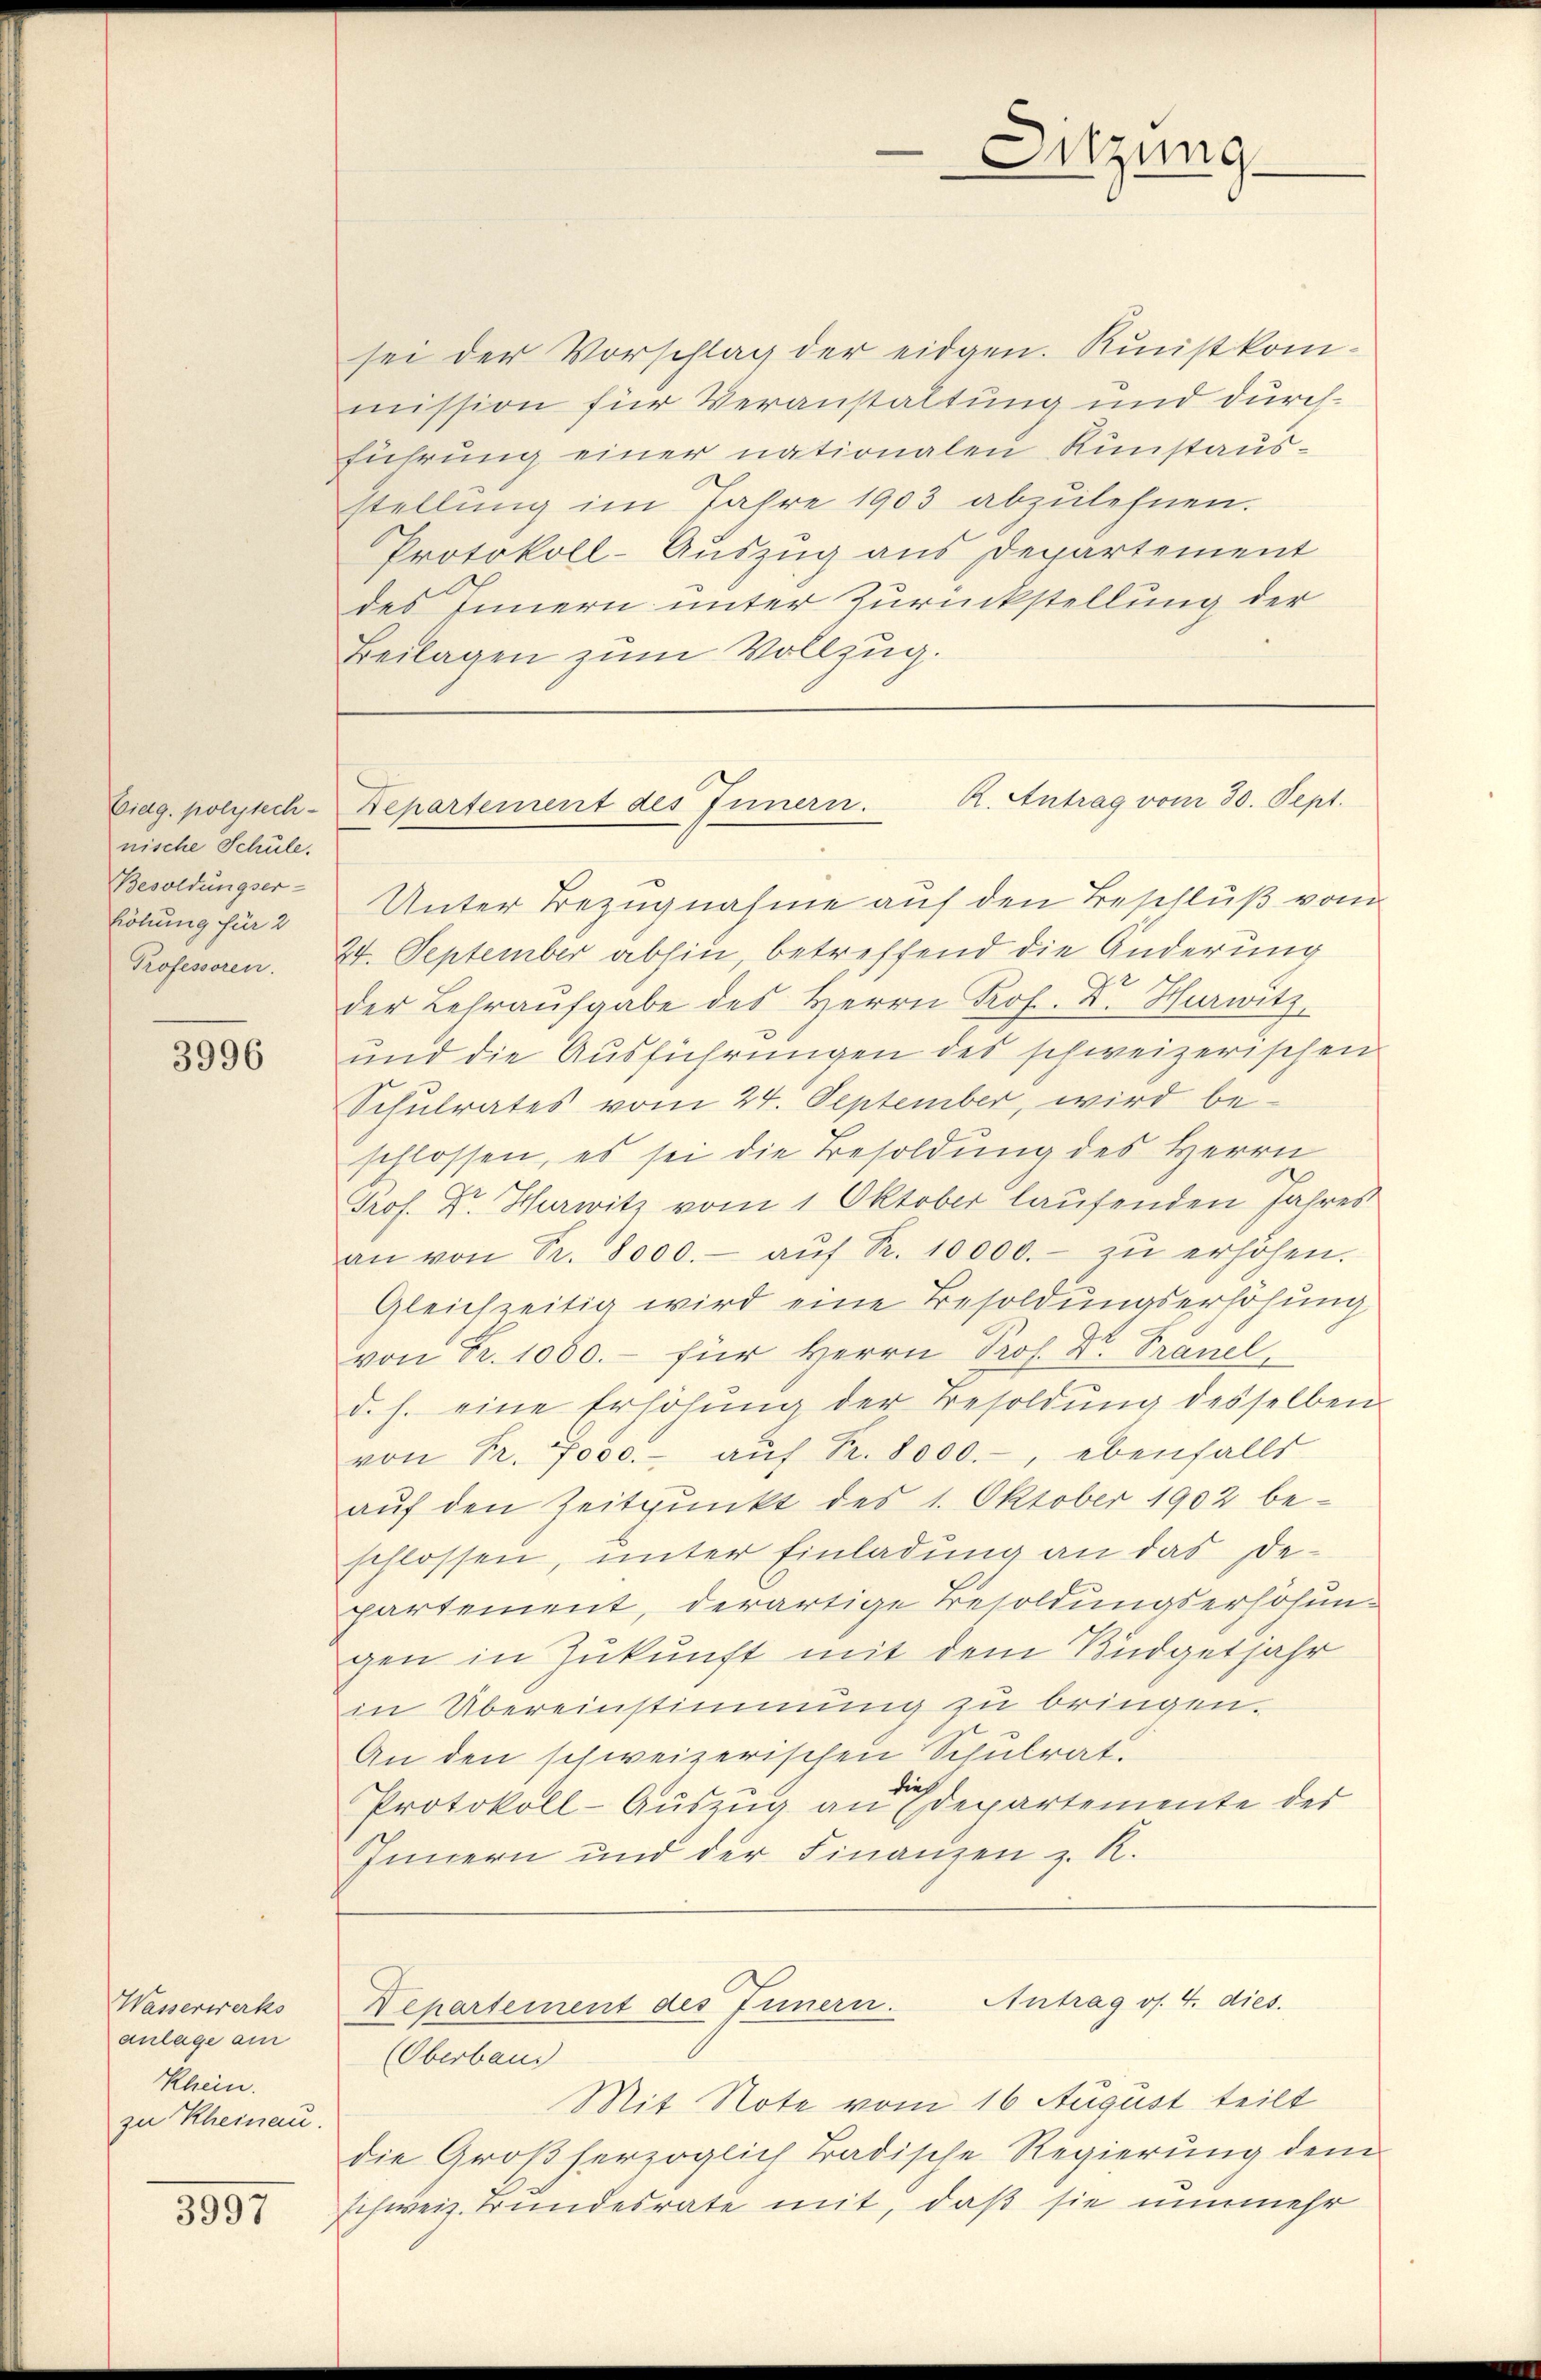
Eidg. polytech-
nische Schule.
Besoldungser-
höhung für 2

3996

Wasserwerks
anlage am
Rhein.
zu Rheinau.

3997

Unter Bezugnahme auf den Beschluß vom
Professoren. 24. September abhin, betreffend die Änderung
der Lehraufgabe des Herrn Prof. Dr. Hurwitz
und die Ausführungen des schweizerischen
Schulrates vom 24. September, wird be-
schlossen, es sei die Besoldung des Herrn
Prof. Dr. Hierwitz vom 1. Oktober laufenden Jahres
an von Sr. 8000.- aŭf Fr. 10000.- zŭ erhöhen.
Gleichzeitig wird eine Besoldungserhöhung
von Fr. 1000.- für Herrn Prof. Dr. Tranel
d. h. eine Erhöhŭng der Besoldŭng desselben
von Pr. 7000.- aŭf Fr. 8000.-, ebenfalls
auf den Zeitpunkt des 1. Oktober 1902 beschlossen, unter Einladung an das Departement, derartige Besoldungserhöhungen in Zukunft mit dem Büdgetjahr
in Übereinstimmung zu bringen.
An den schweizerischen Schulrat.
Protokoll-Auszug an Edepartemente der
Innern und der Finanzen z. R.

Sitzung

sei der Vorschlag der eidgen. Kunstkommission für Veranstaltung und durchführung einer nationalen Runstausstellung im Jahre 1903 abzulehnen.
Protokoll-Auszug aus Departement
des Innern unter Zurückstellung der
Beilagen zum Vollzug.

A. Antrag vom 30. Sept.
Departement des Innern.

(Oberbaus
Mit Note vom 16 August teilt
die Großherzoglich Tradische Regierung dem
schweiz. Bundesrate mit, daß sie nunmehr

Lepartement des Innern. Antrag os. 4. dies.